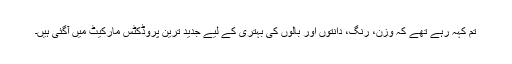
تم کہہ رہے تھے کہ وزن، رنگ، دانتوں اور بالوں کی بہتری کے لیے جدید ترین پروڈکٹس مارکیٹ میں آگئی ہیں۔